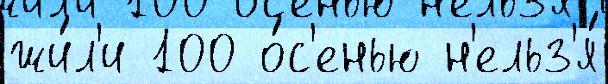
жи́л'и 100 о́с'енью н'ельз'я́